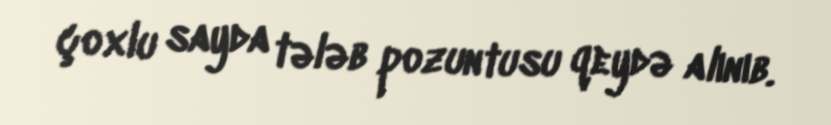
çoxlu sayda tələb pozuntusu qeydə alınıb.